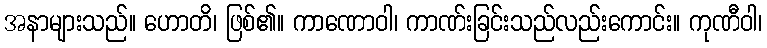
အနာများသည်။ ဟောတိ၊ ဖြစ်၏။ ကာဏောဝါ၊ ကာဏ်းခြင်းသည်လည်းကောင်း။ ကုဏီဝါ၊